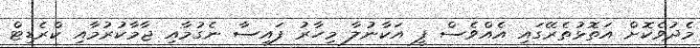
މެދުވެކޮށް އަތޮޅުތެރޭގައި އެއްވެސް ފީ އަކާނުލާ މިހާރު ފައިސާ ނެގުމާއި ޖާމާކުރުމާއި ކްރެޑިޓް